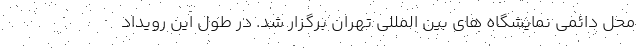
محل دائمی نمایشگاه های بین المللی تهران برگزار شد. در طول این رویداد